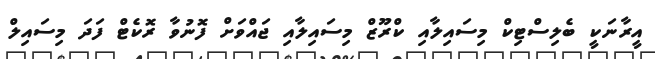
އީރާނަކީ ބެލިސްޓިކް މިސައިލާއި ކްރޫޒް މިސައިލާއި ޖައްވަށް ފޮނުވާ ރޮކެޓް ފަދަ މިސައިލް